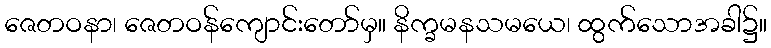
ဇေတဝနာ၊ ဇေတဝန်ကျောင်းတော်မှ။ နိက္ခမနသမယေ၊ ထွက်သောအခါ၌။